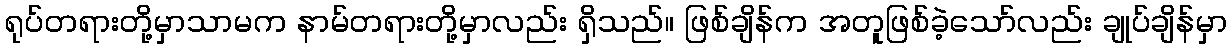
ရုပ်တရားတို့မှာသာမက နာမ်တရားတို့မှာလည်း ရှိသည်။ ဖြစ်ချိန်က အတူဖြစ်ခဲ့သော်လည်း ချုပ်ချိန်မှာ